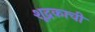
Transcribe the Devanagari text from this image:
शूद्रकाची